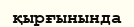
қырғынында